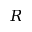
R